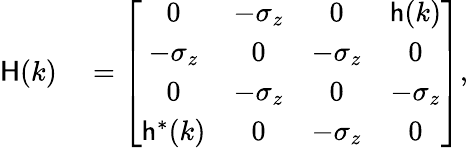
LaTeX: \begin{array}{rl}{{\sf H}(k)}&{{}=\left[\begin{array}{cccc}{0}&{-\sigma_{z}}&{0}&{{\sf h}(k)}\\ {-\sigma_{z}}&{0}&{-\sigma_{z}}&{0}\\ {0}&{-\sigma_{z}}&{0}&{-\sigma_{z}}\\ {{\sf h}^{*}(k)}&{0}&{-\sigma_{z}}&{0}\end{array}\right],}\end{array}